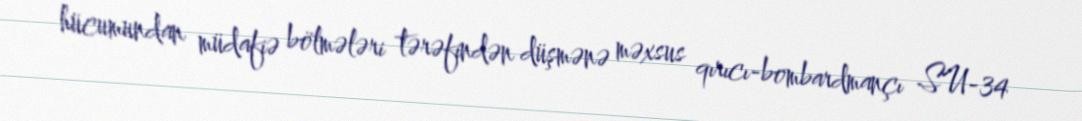
hücumundan müdafiə bölmələri tərəfindən düşmənə məxsus qırıcı-bombardmançı SU-34